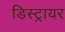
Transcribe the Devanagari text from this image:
डिस्ट्रायर